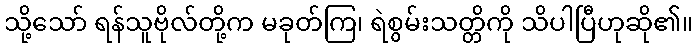
သို့သော် ရန်သူဗိုလ်တို့က မခုတ်ကြ၊ ရဲစွမ်းသတ္တိကို သိပါပြီဟုဆို၏။